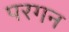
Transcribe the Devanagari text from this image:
परगन